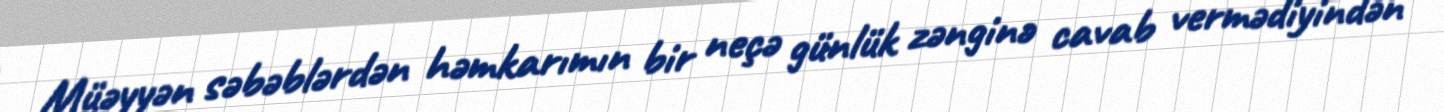
Müəyyən səbəblərdən həmkarımın bir neçə günlük zənginə cavab vermədiyindən